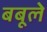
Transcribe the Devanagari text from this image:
बबूले